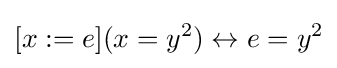
[x:=e](x=y^{2})\leftrightarrow e=y^{2}\,\!